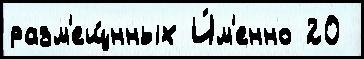
разм'ещ́нных И́м'енно 20